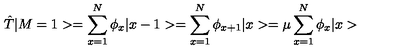
\hat { T } | M = 1 > = \sum _ { x = 1 } ^ { N } \phi _ { x } | x - 1 > = \sum _ { x = 1 } ^ { N } \phi _ { x + 1 } | x > = \mu \sum _ { x = 1 } ^ { N } \phi _ { x } | x >